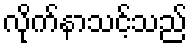
လိုက်နာသင့်သည်